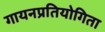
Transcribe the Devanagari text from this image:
गायनप्रतियोगिता